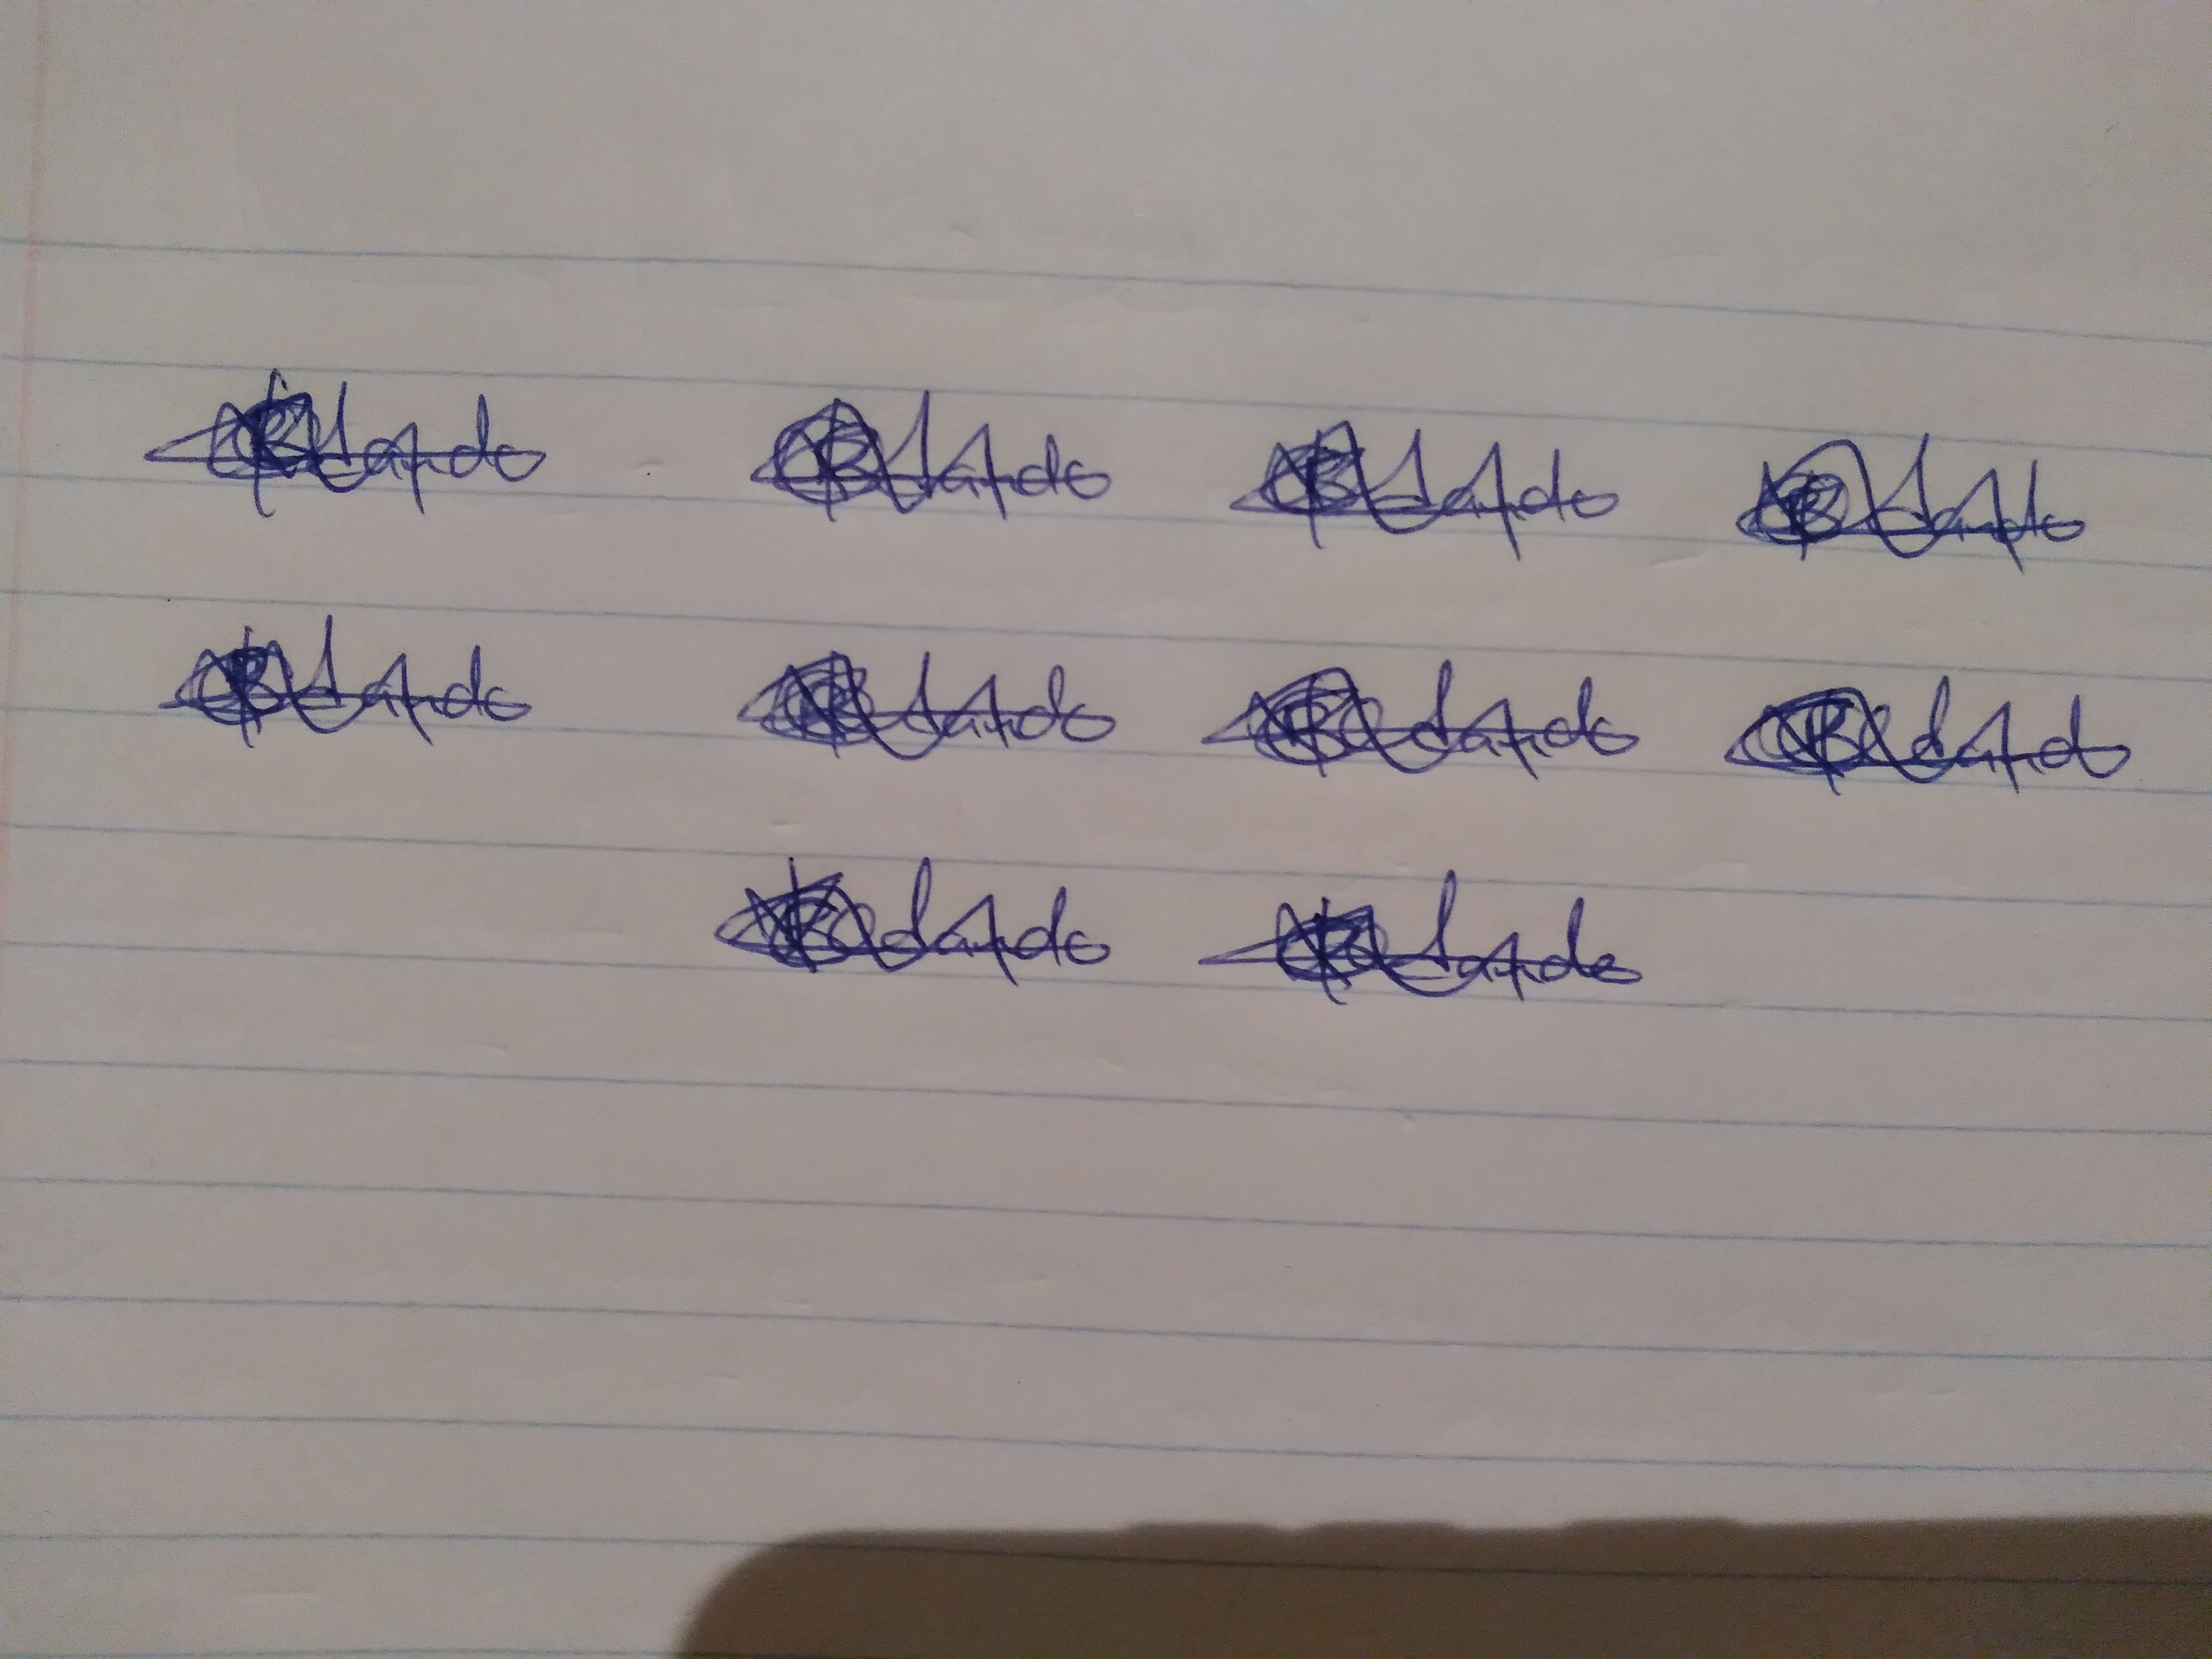
Signature authenticity: genuine